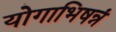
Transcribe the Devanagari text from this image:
योगाभिषन्नं